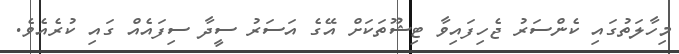
މިހާލަތުގައި ކެންސަރު ޖެހިފައިވާ ޓިޝޫތަކަށް އޭގެ އަސަރު ސީދާ ސިފައެއް ގައި ކުރެއެވެ.